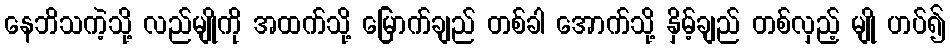
နေဘိသကဲ့သို့ လည်မျိုကို အထက်သို့ မြောက်ချည် တစ်ခါ အောက်သို့ နှိမ့်ချည် တစ်လှည့် မျို ဟပ်၍